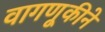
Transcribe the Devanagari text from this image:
वागणूकीने